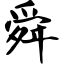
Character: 舜